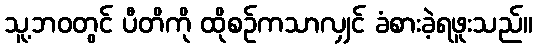
သူ့ဘဝတွင် ပီတိကို ထိုစဉ်ကသာလျှင် ခံစားခဲ့ရဖူးသည်။